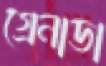
গ্রেনাডা